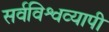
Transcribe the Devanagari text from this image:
सर्वविश्वव्यापी